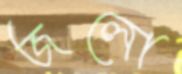
জলো